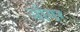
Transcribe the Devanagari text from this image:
औगर